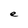
Character: e